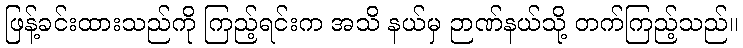
ဖြန့်ခင်းထားသည်ကို ကြည့်ရင်းက အသိ နယ်မှ ဉာဏ်နယ်သို့ တက်ကြည့်သည်။